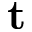
\mathbf { t }